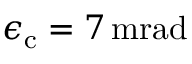
\epsilon _ { \mathrm { c } } = 7 \, \mathrm { m r a d }